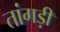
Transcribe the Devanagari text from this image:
तांगड़ी